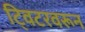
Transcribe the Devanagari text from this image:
ट्विटरवरून